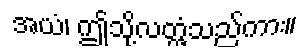
အယံ၊ ဤသို့လတ္တံ့သည်ကား။